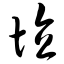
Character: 埴